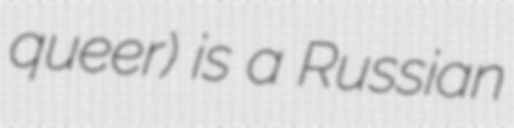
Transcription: queer) is a Russian